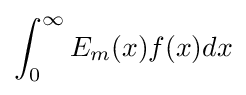
\int _{0}^{\infty }E_{m}(x)f(x)dx